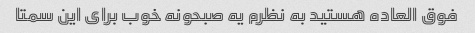
فوق العاده هستید به نظرم یه صبحونه خوب برای این سمتا